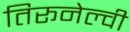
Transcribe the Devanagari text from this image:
तिरूनेल्वी